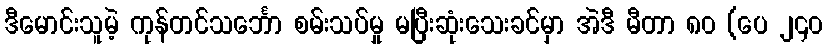
ဒီမောင်းသူမဲ့ ကုန်တင်သင်္ဘော စမ်းသပ်မှု မပြီးဆုံးသေးခင်မှာ အဲဒီ မီတာ ၈၀ (ပေ ၂၄၀